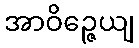
အာဝိဉ္ဇေယျ